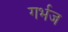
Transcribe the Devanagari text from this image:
गर्भज